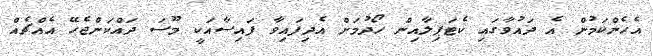
އެހެންކަމުން އެ ދައުވާގައި ކެޓަޕިލާއިން ހޯދުމަށް އެދިފައިވާ ފައިސާއަކީ މޫސަ ދައްކަންޖެހޭ އެއްޗެއް